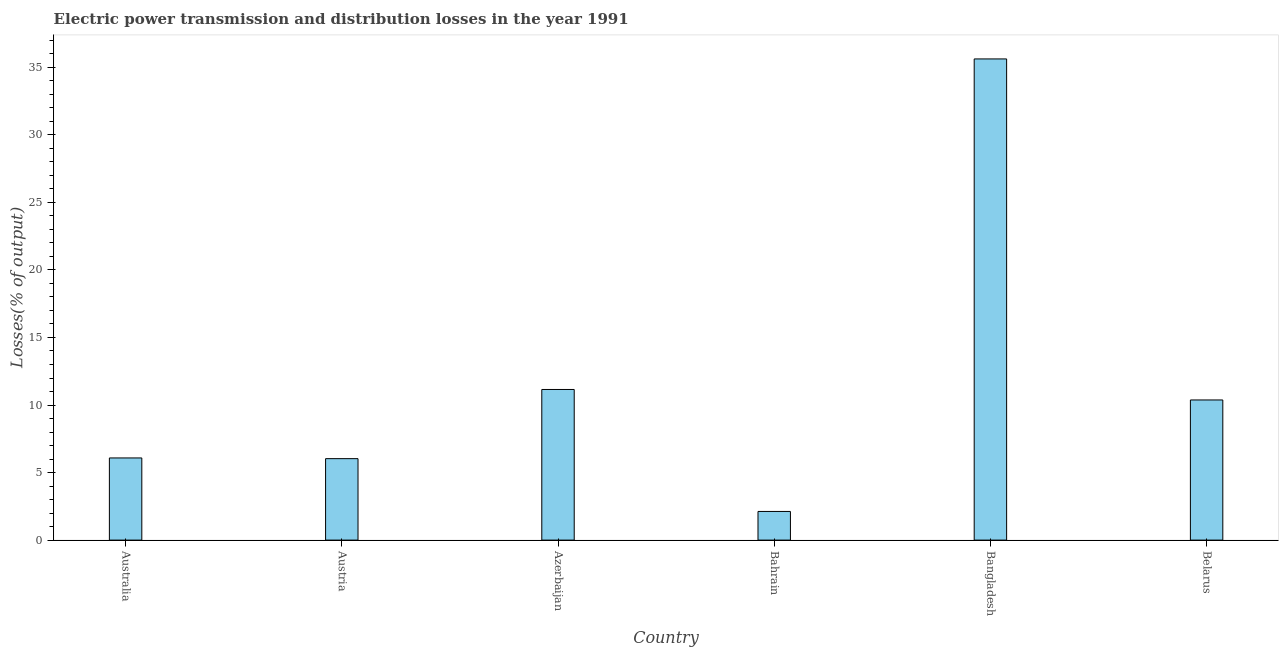
| Country | Electric power transmission and distribution losses |
 | --- | --- |
 | Australia | 6.08 |
 | Austria | 6.03 |
 | Azerbaijan | 11.2 |
 | Bahrain | 2.12 |
 | Bangladesh | 35.6 |
 | Belarus | 10.4 |